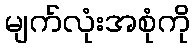
မျက်လုံးအစုံကို